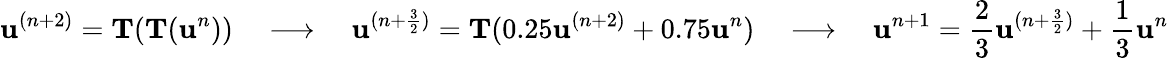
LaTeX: \mathbf u^{(n+2)}=\mathbf T(\mathbf T(\mathbf u^{n}))\quad\longrightarrow\quad\mathbf u^{(n+\frac{3}{2})}=\mathbf T(0.25\mathbf u^{(n+2)}+0.75\mathbf u^{n})\quad\longrightarrow\quad\mathbf u^{n+1}=\frac{2}{3}\mathbf u^{(n+\frac{3}{2})}+\frac{1}{3}\mathbf u^{n}